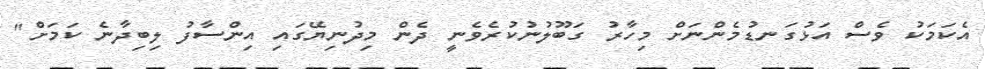
އެކަމަކު ވެސް އަޅުގަނޑުމެންނަށް މިހާރު ގަބޫލުނުކުރެވެނީ ދެން މިދުނިޔޭގައި އިންސާފު ލިބިދާނެ ކަމަށް"